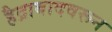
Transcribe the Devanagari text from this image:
हैद्राबादवरून